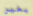
يغير